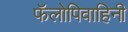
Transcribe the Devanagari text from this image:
फॅलोपिवाहिनी